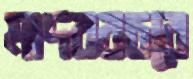
মাদবরচরে